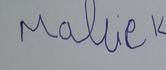
Signature authenticity: forged